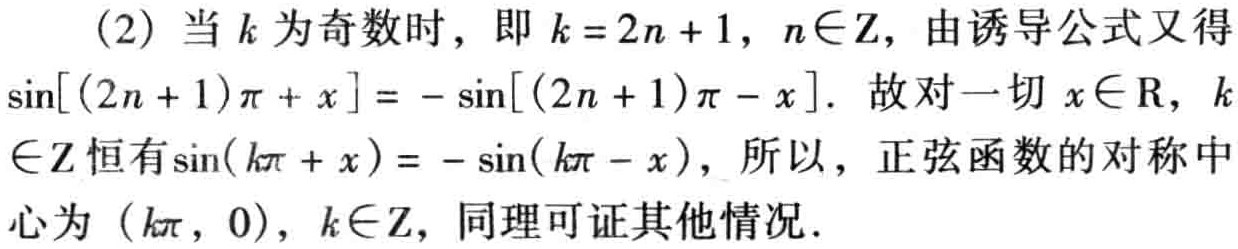
(2) 当 \(k\) 为奇数时，即 \(k = 2n + 1\)，\(n\in\mathbb{Z}\)，由诱导公式又得
\(\sin[(2n + 1)\pi + x]=-\sin[(2n + 1)\pi - x]\)．故对一切 \(x\in\mathbb{R}\)，\(k
\in\mathbb{Z}\) 恒有 \(\sin(k\pi + x)=-\sin(k\pi - x)\)，所以，正弦函数的对称中
心为 \((k\pi,0)\)，\(k\in\mathbb{Z}\)，同理可证其他情况．